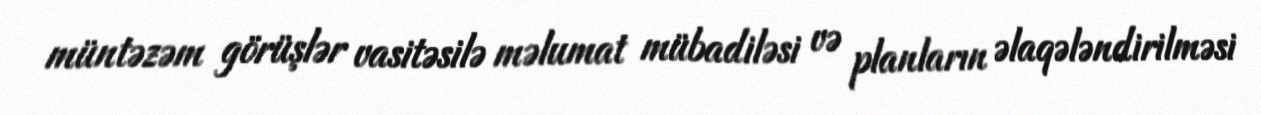
müntəzəm görüşlər vasitəsilə məlumat mübadiləsi və planların əlaqələndirilməsi